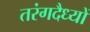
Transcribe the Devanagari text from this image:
तरंगदैध्यों